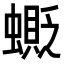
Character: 𧒅